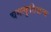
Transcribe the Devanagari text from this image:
चमत्कृतिजन्य